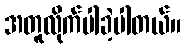
အတူလိုက်ပါခဲ့ပါတယ်။